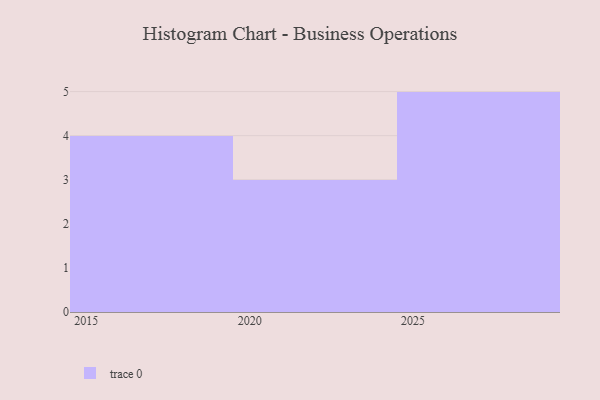
{"axis": {"x": "Year", "y": "Churn Rate (%)"}, "legend": [""], "data": [{"x": "2019", "y": 53, "type": ""}, {"x": "2027", "y": 55, "type": ""}, {"x": "2028", "y": 85, "type": ""}, {"x": "2020", "y": 14, "type": ""}, {"x": "2015", "y": 1, "type": ""}, {"x": "2025", "y": 92, "type": ""}, {"x": "2016", "y": 63, "type": ""}, {"x": "2023", "y": 35, "type": ""}, {"x": "2024", "y": 63, "type": ""}, {"x": "2026", "y": 10, "type": ""}, {"x": "2017", "y": 53, "type": ""}, {"x": "2029", "y": 51, "type": ""}]}